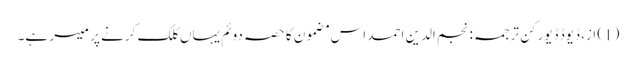
(1) از، ڈیوڈ ڈیورکن ترجمہ: نجم الدین احمد اس مضمون کا حصہ دوئم یہاں کلک کرنے پر میسر ہے۔